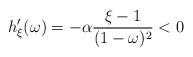
LaTeX: \begin{align*}h_{\xi}^{\prime}(\omega) = - \alpha \frac{\xi - 1}{(1 - \omega)^2} < 0\end{align*}